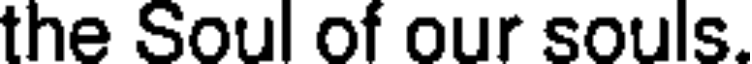
the Soul of our souls.